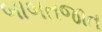
બાબતજાત